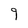
Character: 9